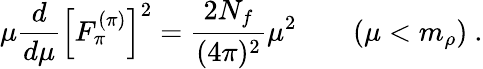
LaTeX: \mu\frac{d}{d\mu}\left[F_{\pi}^{(\pi)}\right]^{2}=\frac{2N_{f}}{(4\pi)^{2}}\mu^{2}\qquad(\mu<m_{\rho})\ .